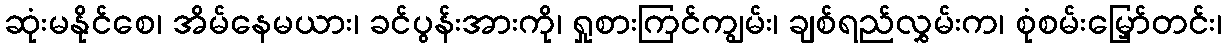
ဆုံးမနိုင်စေ၊ အိမ်နေမယား၊ ခင်ပွန်းအားကို၊ ရှုစားကြင်ကျွမ်း၊ ချစ်ရည်လွှမ်းက၊ စုံစမ်းမြှော်တင်း၊